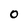
Character: O